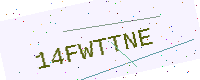
Text: 14FWTTNE